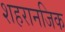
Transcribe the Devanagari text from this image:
शहरानजिक